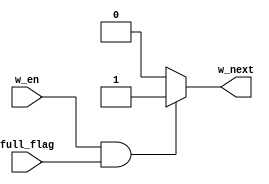
module next_write(w_en,full_flag,w_next);
input w_en,full_flag;
output w_next;
reg w_next;
always @(*)
		begin
		if(w_en&&full_flag)
		w_next = 1;
		else
		w_next = 0;
		end
endmodule

module next_read(r_en,empty_flag,r_next);
input r_en,empty_flag;
output r_next;
reg r_next;
always @(*)
		begin
		if(r_en&&empty_flag)
		r_next = 1;
		else
		r_next = 0;
		end
endmodule

/*module counter(in,en,clk);
input clk;
input en;
output[7:0] in;
reg[7:0] in;
always @(posedge clk)
		begin
		if(!en)
		begin
		in <= in + 1;
		end
		end	
		initial begin
		in = 0;
		end
endmodule*/

/*module test;
reg clk;
wire[7:0] in;
reg en;
counter c(in,en,clk);
always @(*)
		begin
#5 clk <= ~clk;
		end
		initial 
		begin
		$monitor("%d",in);
		en = 0;clk = 0;
		#50 $finish;
		end
endmodule*/


/*module dual_port_ram(w_en,data_in,w_clk,w_ptr,r_en,data_out,r_clk,r_ptr,full_flag,empty_flag);
input full_flag;
input empty_flag;
reg[7:0] memory[0:255];
input[7:0] w_ptr,r_ptr;
input[7:0] data_in;
output[7:0] data_out;
input w_en;
input r_en;
input w_clk,r_clk;
wire[7:0] w_ptr,r_ptr,data_in;
reg[7:0] data_out;
wire w_en,r_en,w_clk,r_clk;
always @(posedge w_clk)
begin
	if(w_en&&!full_flag)
			begin
				memory[w_ptr]<=data_in;
			end
end
always @(posedge r_clk)
		begin
		if(r_en&&!empty_flag)
		begin
		data_out<=memory[r_ptr];
		end
		end
endmodule*/

/*module counter(in,en,clk);
input clk;
input en;
output[7:0] in;
reg[7:0] in;
always @(posedge clk)
		begin
		if(!en)
		begin
		in <= in + 1;
		end
		end	
		initial begin
		in = 0;
		end
endmodule*/

module pointer_diff(write_ptr,read_ptr,diff_out);
input[7:0] write_ptr,read_ptr;
output[7:0] diff_out;
wire[7:0] write_ptr,read_ptr;
reg[7:0] diff_out;
always @(*)
		begin
		if(write_ptr>=read_ptr)
		diff_out <= write_ptr-read_ptr;
		else 
		diff_out <= (256-read_ptr) + write_ptr;
		end
endmodule

/*module test;
reg[7:0] in1,in2;
wire[7:0] out;
pointer_diff d(in1,in2,out);
initial begin
$monitor($time,"%d",out);
#5 in1 = 0;in2 = 0;
#5 in1 = 1; in2 = 2;
#5 in2 = 2; in1 = 1;
end
endmodule*/

/*module test;
reg clk;
wire[7:0] in;
reg en;
counter c(in,en,clk);
always @(*)
		begin
#5 clk<= ~clk;
		end
		initial begin
		$monitor("%d",in);
		en = 0;clk = 0;
#50 $finish;
		end
endmodule*/

/*module test;

reg w_en,r_en,w_clk,r_clk;
reg[7:0] data_in;
wire[7:0] data_out;
reg[7:0] w_ptr,r_ptr;
reg full_flag,empty_flag;
dual_port_ram r(w_en,data_in,w_clk,w_ptr,r_en,data_out,r_clk,r_ptr,full_flag,empty_flag);
always @(*)
		begin
#5 w_clk <=  ~w_clk;
		end
always @(*)
		begin
#10 r_clk <= ~r_clk;
		end
initial begin
$monitor($time,"%d %d %d %d",data_in,data_out,w_ptr,r_ptr);
full_flag = 0;empty_flag = 0;w_clk = 0;r_clk = 0;w_en = 1;r_en = 1;w_ptr = 0; r_ptr = 0;
#5 data_in <= 1; w_ptr <=  1; r_ptr <=  1;
#10 data_in <=  2;w_ptr <= 2; r_ptr <= 2;
#10 data_in <= 3;w_ptr <= 3; r_ptr <= 3;
end

endmodule*/

module dual_port_ram(w_en,data_in,w_clk,w_ptr,r_en,data_out,r_clk,r_ptr,full_flag,empty_flag);
input full_flag;
input empty_flag;
reg[7:0] memory[0:255];
input[7:0] w_ptr,r_ptr;
input[7:0] data_in;
output[7:0] data_out;
input w_en;
input r_en;
input w_clk,r_clk;
wire[7:0] w_ptr,r_ptr,data_in;
reg[7:0] data_out;
wire w_en,r_en,w_clk,r_clk;
always @(posedge w_clk)
begin
	if(w_en&&!full_flag)
			begin
				memory[w_ptr]<=data_in;
			end
end
always @(posedge r_clk)
		begin
		if(r_en&&!empty_flag)
		begin
		data_out<=memory[r_ptr];
		end
		end
endmodule

module counter(in,en,clk);
input clk;
input en;
output[7:0] in;
reg[7:0] in;
always @(posedge clk)
		begin
		if(!en)
		begin
		in <= in + 1;
		end
		end	
		initial begin
		in = 0;
		end
endmodule

/*module pointer_diff(write_ptr,read_ptr,diff_out);
input[7:0] write_ptr,read_ptr;
output[7:0] diff_out;
wire[7:0] write_ptr,read_ptr;
reg[7:0] diff_out;
always @(*)
		begin
		if(write_ptr>read_ptr)
		diff_out <= write_ptr-read_ptr;
		else 
		diff_out <= (256-read_ptr) + write_ptr;
		end
endmodule*/

/*module test;
reg[7:0] in1,in2;
wire[7:0] out;
pointer_diff d(in1,in2,out);
initial begin
$monitor("%d",out);
#5 in1 = 0;in2 = 0;
#5 in1 = 1; in2 = 2;
#5 in2 = 2; in1 = 1;
end
endmodule*/

/*module test;
reg clk;
wire[7:0] in;
reg en;
counter c(in,en,clk);
always @(*)
		begin
#5 clk<= ~clk;
		end
		initial begin
		$monitor("%d",in);
		en = 0;clk = 0;
#50 $finish;
		end
endmodule*/

module flagset(diff_ptr,full_flag,empty_flag,almost_empty,almost_full,half_flag);
input[7:0] diff_ptr;
output full_flag,empty_flag,almost_empty,almost_full,half_flag;
reg full_flag,empty_flag,almost_empty,almost_full,half_flag;
always @(*)
		begin
		casex (diff_ptr)
		0: begin 
		empty_flag =1;
		full_flag = 0;
		almost_full = 0;
		almost_empty = 1;
		half_flag = 0;
		end
		255:begin
		full_flag = 1;
		empty_flag = 0;
		almost_full  = 1;
		almost_empty = 0;
		half_flag = 0;
		end
		127:begin
		half_flag = 1;
		empty_flag = 0;
		full_flag = 0;
		almost_full = 0;
		almost_empty = 0;
		end
		8'b11111xxx:begin
		if(diff_ptr!=255)
		begin
		half_flag = 0;
		empty_flag = 0;
		full_flag = 0;
		almost_full = 1;
		almost_empty = 0;
		end
		end
		8'b00000xxx:begin
		if(diff_ptr!=0)
		begin
		half_flag = 0;
		empty_flag =0;
		full_flag = 0;
		almost_full = 0;
		almost_empty = 1;
		end
		end
		default:begin
		empty_flag=0;
		full_flag=0;
		almost_full = 0;
		almost_empty = 0;
		half_flag = 0;
		end
		endcase
		end
		initial begin
		full_flag = 0;
		empty_flag = 0;
		almost_empty = 0;
		almost_full = 0;
		half_flag  =0 ;
		end
endmodule

module asynchronous_fifo;

reg w_en,w_clk,r_en,r_clk;
reg[7:0] data_in;
wire[7:0] data_out;
wire[7:0] w_ptr,r_ptr;
wire w_next,r_next;
wire full_flag,empty_flag,almost_empty,almost_full,half_flag;
wire[7:0] diff_ptr;

counter c(w_ptr,w_next,w_clk);
counter c1(r_ptr,r_next,r_clk);
pointer_diff p(w_ptr,r_ptr,diff_ptr);  
dual_port_ram d(w_en,data_in,w_clk,w_ptr,r_en,data_out,r_clk,r_ptr,full_flag,empty_flag);
flagset f(diff_ptr,full_flag,empty_flag,almost_empty,almost_full,half_flag);
next_write nw(w_en,full_flag,w_next);
next_read nr(r_en,empty_flag,r_next);

always @(*)
		begin
#5 w_clk <= ~w_clk;
		end
		always @(*)
		begin
#10 r_clk <= ~r_clk;		
		end

initial begin
$monitor($time,"%d %d",data_in,data_out);
w_clk = 0;r_clk = 0;w_en = 1;r_en = 1;
#5 data_in = 1;
#10 data_in = 2;
#10 data_in = 3;
#80 $finish;
end

endmodule